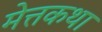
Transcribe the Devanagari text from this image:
मेत्तकथा